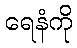
ရေနံကို